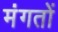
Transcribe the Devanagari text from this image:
मंगतों